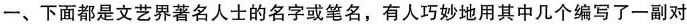
一、下面都是文艺界著名人士的名字或笔名，有人巧妙地用其中几个编写了一副对